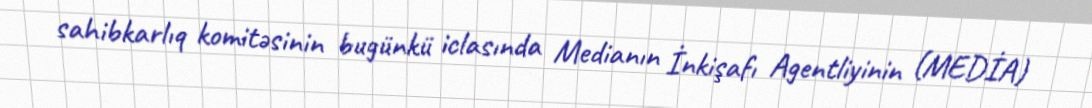
sahibkarlıq komitəsinin bugünkü iclasında Medianın İnkişafı Agentliyinin (MEDİA)